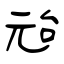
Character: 兘